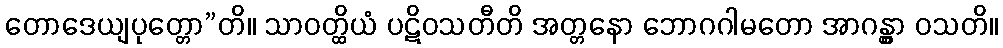
တောဒေယျပုတ္တော”တိ။ သာဝတ္ထိယံ ပဋိဝသတီတိ အတ္တနော ဘောဂဂါမတော အာဂန္တွာ ဝသတိ။